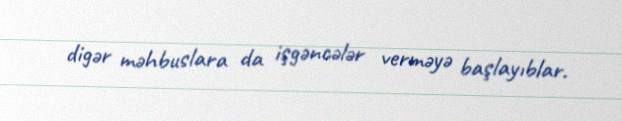
digər məhbuslara da işgəncələr verməyə başlayıblar.